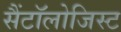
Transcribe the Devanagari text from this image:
सैंटॉलोजिस्ट